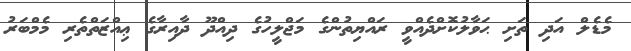
މެޑެލް އަދި ތަށި ޙަވާލުކޮށްދެއްވީ ރައްޔިތުންގެ މަޖްލީހުގެ ދިއްދޫ ދާއިރާގެ ޢިއްޒަތްތެރި މެމްބަރު